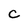
Character: c